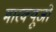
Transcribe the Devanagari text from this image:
मारक्यूजो